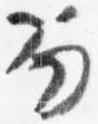
笏